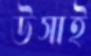
উসাই